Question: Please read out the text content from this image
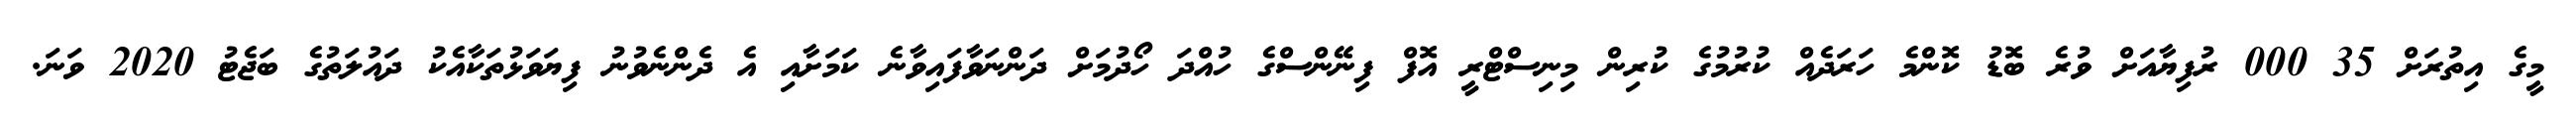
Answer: މީގެ އިތުރަށް 35 000 ރުފިޔާއަށް ވުރެ ބޮޑު ކޮންމެ ހަރަދެއް ކުރުމުގެ ކުރިން މިނިސްޓްރީ އޮފް ފިނޭންސްގެ ހުއްދަ ހޯދުމަށް ދަންނަވާފައިވާނެ ކަމަށާއި އެ ދެންނެވުނު ފިޔަވަޅުތަކާއެކު ދައުލަތުގެ ބަޖެޓު 2020 ވަނަ.